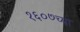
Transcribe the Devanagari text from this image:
१६०७च्या